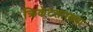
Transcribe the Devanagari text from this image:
क्रिकेटसारख्या